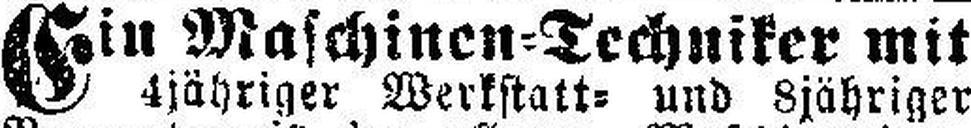
Ein Maschinen=Techniker mit